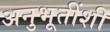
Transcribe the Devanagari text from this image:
अनुभूतींशी